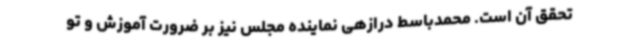
تحقق آن است. محمدباسط درازهی نماینده مجلس نیز بر ضرورت آموزش و تو